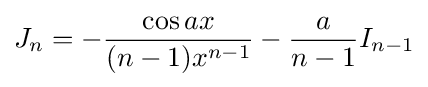
J_{n}=-{\frac {\cos {ax}}{(n-1)x^{n-1}}}-{\frac {a}{n-1}}I_{n-1}\,\!